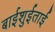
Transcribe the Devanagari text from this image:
बाईशुईताई